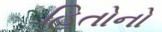
હિતોનો